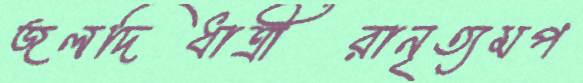
জলদিধাত্রীরানৃত্যমপ